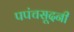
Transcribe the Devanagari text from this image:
पपंचसूदनी